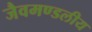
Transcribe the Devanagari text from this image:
जैवमण्डलीय